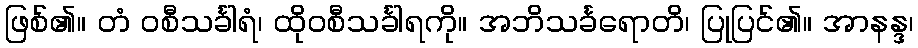
ဖြစ်၏။ တံ ဝစီသင်္ခါရံ၊ ထိုဝစီသင်္ခါရကို။ အဘိသင်္ခရောတိ၊ ပြုပြင်၏။ အာနန္ဒ၊